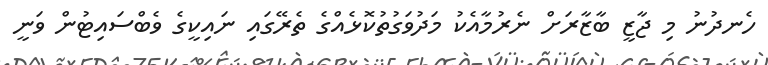
ހެނދުނު މި ޖާޒީ ބާޒާރަށް ނެރުމާއެކު މަދުވަގުތުކޮޅެއްގެ ތެރޭގައި ނައިކީގެ ވެބްސައިޓުން ވަނީ